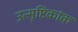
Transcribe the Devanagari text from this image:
उत्सृष्टिकांक